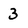
Character: 3